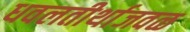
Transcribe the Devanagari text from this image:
धवलतीर्थाजवळ